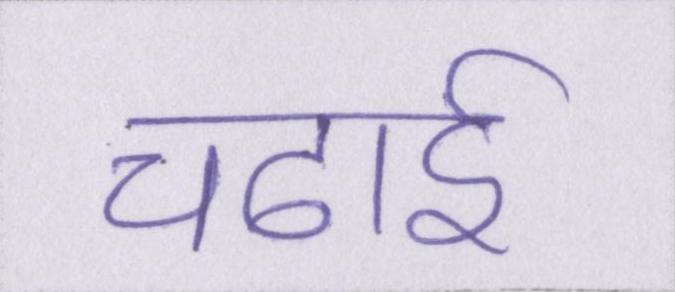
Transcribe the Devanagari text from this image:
चढाई